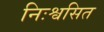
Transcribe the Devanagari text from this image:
निःश्वसित